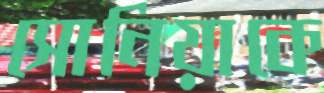
সোনিয়াকে